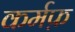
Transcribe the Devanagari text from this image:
कर्मफ़